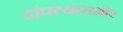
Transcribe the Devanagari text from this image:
दांपत्यासमोर